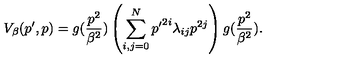
V _ { \beta } ( p ^ { \prime } , p ) = g ( \frac { p ^ { 2 } } { \beta ^ { 2 } } ) \left( \sum _ { i , j = 0 } ^ { N } { p ^ { \prime } } ^ { 2 i } \lambda _ { i j } p ^ { 2 j } \right) g ( \frac { p ^ { 2 } } { \beta ^ { 2 } } ) .